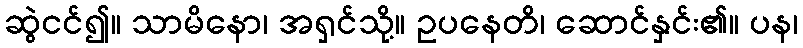
ဆွဲငင်၍။ သာမိနော၊ အရှင်သို့။ ဥပနေတိ၊ ဆောင်နှင်း၏။ ပန၊